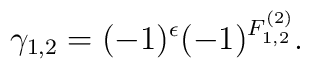
\gamma_{1,2} = (-1)^\epsilon(-1)^{F_{1,2}^{(2)}}.